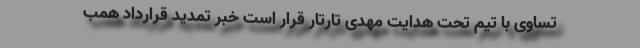
تساوی با تیم تحت هدایت مهدی تارتار قرار است خبر تمدید قرارداد همب